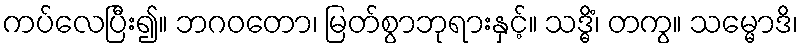
ကပ်လေပြီး၍။ ဘဂဝတော၊ မြတ်စွာဘုရားနှင့်။ သဒ္ဓိံ၊ တကွ။ သမ္မောဒိ၊